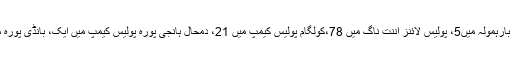
ادھر وادی میں پہلے ہی کپوارہ ڈسٹرکٹ پولیس لائنز کے دو اہلکاروں، ماگام پولیس سٹیشن میں 8 ، بارہمولہ میں5، پولیس لائنز اننت ناگ میں 78،کولگام پولیس کیمپ میں 21، دمحال ہانجی پورہ پولیس کیمپ میں ایک، بانڈی پورہ میں 2اہلکاروںکے علاوہ بڈگام پولیس لائنز میں 2اہلکار وں کے نمونے مثبت قرار پائے گئے تھے۔